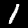
Label: 1